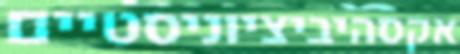
אקסהיביציוניסטיים